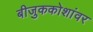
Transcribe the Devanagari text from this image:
बीजुककोशांवर